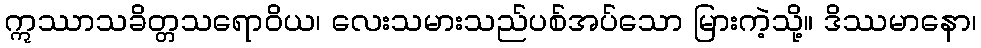
ဣဿာသခိတ္တသရောဝိယ၊ လေးသမားသည်ပစ်အပ်သော မြားကဲ့သို့။ ဒိဿမာနော၊